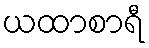
ယထာစာရီ